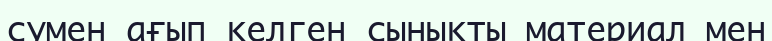
сумен ағып келген сынықты материал мен